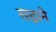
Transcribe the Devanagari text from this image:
सड़ाने